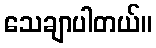
သေချာပါတယ်။